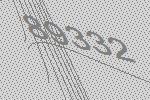
89332